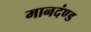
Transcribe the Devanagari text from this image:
मानदंण्ड